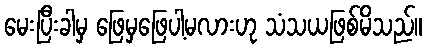
မေးပြီးခါမှ ဖြေမှဖြေပါ့မလားဟု သံသယဖြစ်မိသည်။